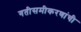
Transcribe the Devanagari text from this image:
गतीसमीकरणांची